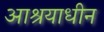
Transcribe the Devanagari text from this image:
आश्रयाधीन